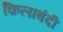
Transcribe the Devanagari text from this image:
क़िलाबंदी